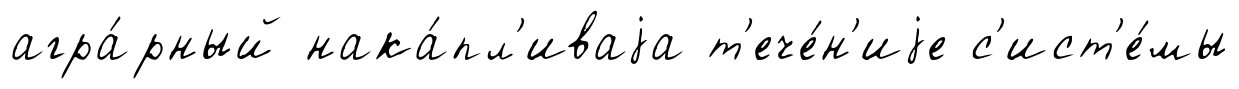
агра́рный нака́пл'иваjа т'ече́н'иjе с'ист'е́мы